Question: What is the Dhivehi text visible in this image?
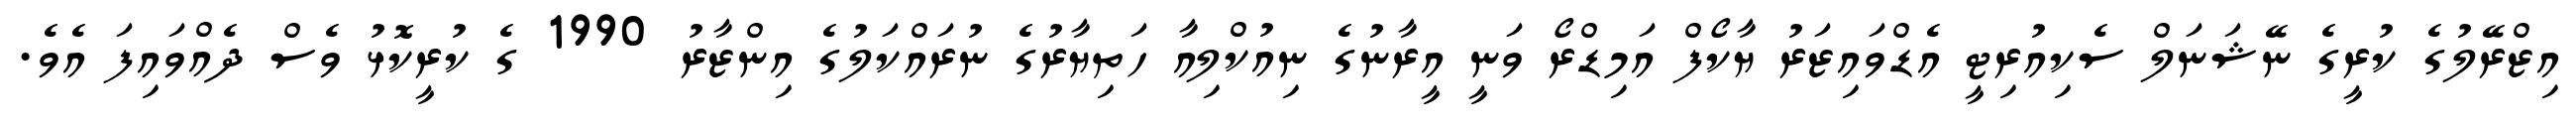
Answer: އިޒްރޭލުގެ ކުރީގެ ނޭޝަނަލް ސެކިއުރިޓީ އެޑްވައިޒަރު ޔާކޯފް އަމިޑްރޯ ވަނީ އީރާނުގެ ނިއުކްލިއާ ހަތިޔާރުގެ ނުރައްކަލުގެ އިންޒާރު 1990 ގެ ކުރީކޮޅު ވެސް ދެއްވައިފަ އެވެ.